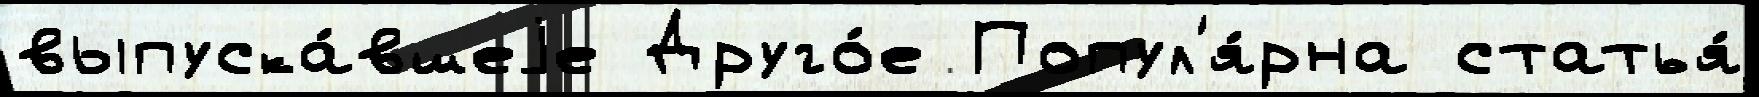
выпуска́вшеjе Друго́е Попул'я́рна статья́